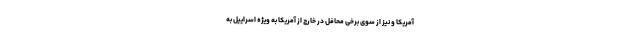
آمریکا و نیز از سوی برخی محافل در خارج از آمریکا به ویژه اسراییل به